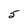
Character: 5